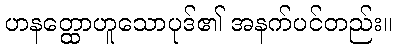
ဟနတ္ထောဟူသောပုဒ်၏ အနက်ပင်တည်း။